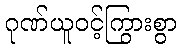
ဂုဏ်ယူဝင့်ကြွားစွာ